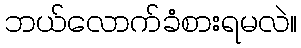
ဘယ်လောက်ခံစားရမလဲ။